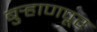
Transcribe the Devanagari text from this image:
बुर्‍हाणपूर